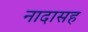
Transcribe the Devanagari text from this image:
नादासह